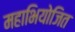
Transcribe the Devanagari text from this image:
महाभियोजित